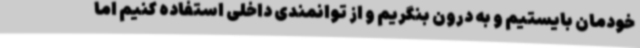
خودمان بایستیم و به درون بنگریم و از توانمندی داخلی استفاده کنیم اما